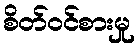
စိတ်ဝင်စားမှု